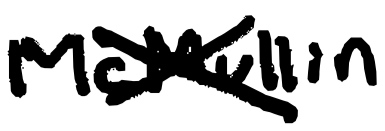
Text: McMullin
Cross-out: cross
Writing tool: digital_black